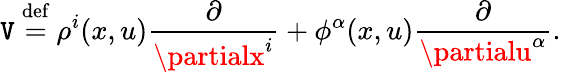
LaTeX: \mathtt{V}\ {\stackrel{\mathrm{{def}}}{=}}\ \rho^{i}(x,u){\frac{{\partial}}{{\partialx^{i}}}}+\phi^{\alpha}(x,u){\frac{{\partial}}{{\partialu^{\alpha}}}}.